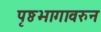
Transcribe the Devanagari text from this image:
पृष्ठभागावरुन